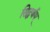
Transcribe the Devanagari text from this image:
सिद्धर्थम्